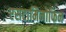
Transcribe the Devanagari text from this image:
एसटामिनोफिन